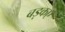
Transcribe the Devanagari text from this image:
बड़कए